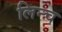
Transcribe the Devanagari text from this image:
लिन्च